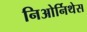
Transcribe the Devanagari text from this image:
निओर्निथेस